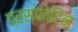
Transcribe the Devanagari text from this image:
प्रस्फोटिन